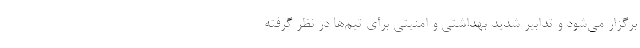
برگزار می‌شود و تدابیر شدید بهداشتی و امنیتی برای تیم‌ها در نظر گرفته